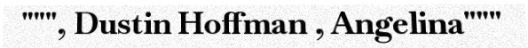
""", Dustin Hoffman , Angelina"""